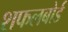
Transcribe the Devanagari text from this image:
शफलबोर्ड